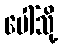
ပေါ်သို့